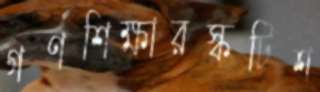
গণশিক্ষারস্কটিশ